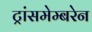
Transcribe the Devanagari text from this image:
ट्रांसमेम्बरेन